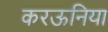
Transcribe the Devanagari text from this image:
करऊनिया